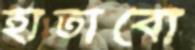
হাতাবো